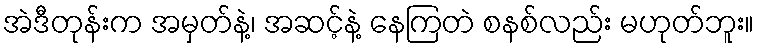
အဲဒီတုန်းက အမှတ်နဲ့၊ အဆင့်နဲ့ နေကြတဲ စနစ်လည်း မဟုတ်ဘူး။